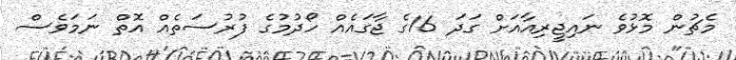
މެޗުން މޮޅުވެ ނައިޖީރިއާއަށް ގަދަ 16ގެ ޖާގައެއް ހޯދުމުގެ ފުރުސަތެއް އޮތް ނަމަވެސް